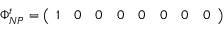
\Phi _ { N P } ^ { t } = \left( \begin{array} { l l l l l l l l } { { 1 } } & { { 0 } } & { { 0 } } & { { 0 } } & { { 0 } } & { { 0 } } & { { 0 } } & { { 0 } } \end{array} \right)